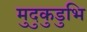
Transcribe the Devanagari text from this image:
मुदुकुडुभि